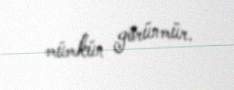
mümkün görünmür.